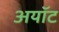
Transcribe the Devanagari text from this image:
अयॉट